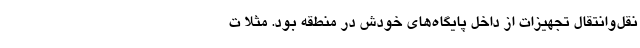
نقل‌وانتقال تجهیزات از داخل پایگاه‌های خودش در منطقه بود. مثلاً ت